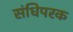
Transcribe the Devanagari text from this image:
संधिपरक